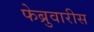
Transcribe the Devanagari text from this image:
फेब्रुवारीस